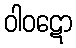
ဝါဝဋော